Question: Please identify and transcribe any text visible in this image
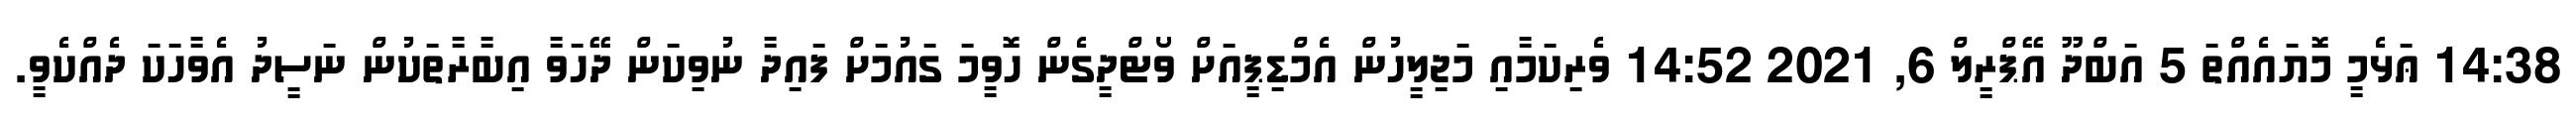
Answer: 14:38 ޢަޅެމީ މޮޔައެއްތަ 5 އަބްދޫ އޭޕްރީލް 6, 2021 14:52 ވެރިކަމާއި މަޖިލީހުން އެމްޑިޕީއަށް ވޯޓްދީގެން ހޮވީމަ ގައުމަށް ފައިދާ ނުވިކަން ދޭހަވާ އިބާރާތަކުން ނަސީދު އެވާހަކަ ދެއްކެވީ.